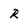
Character: R